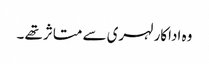
وہ اداکار لہری سے متاثر تھے ۔